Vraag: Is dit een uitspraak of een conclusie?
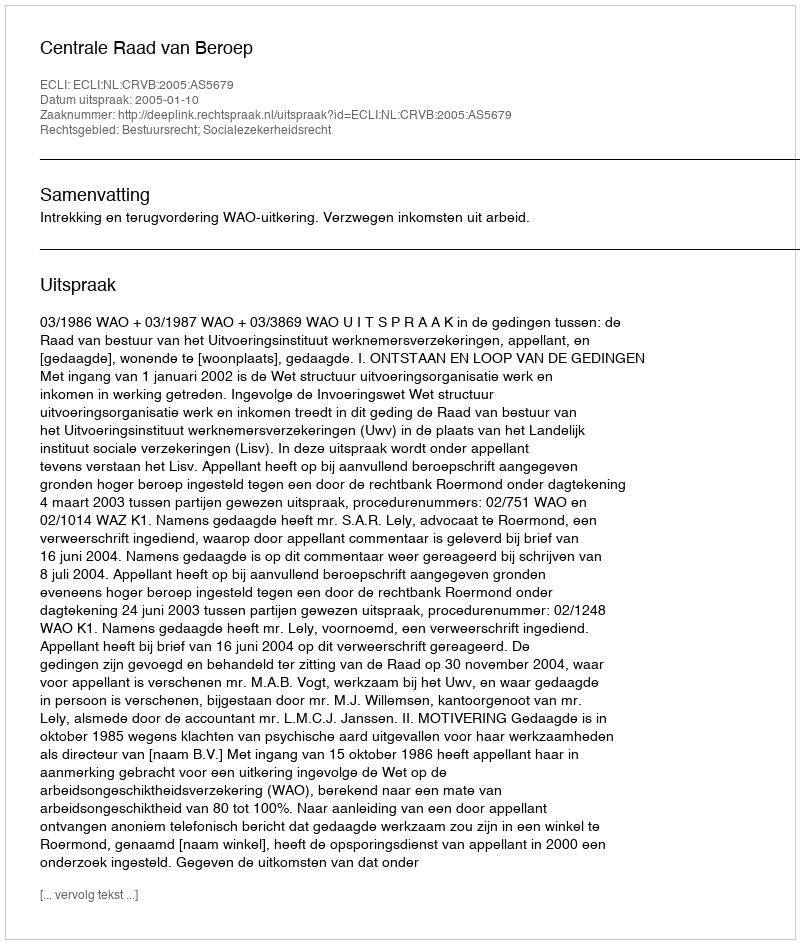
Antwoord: Uitspraak